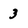
Character: 3